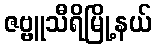
ဇဗ္ဗူသီရိမြို့နယ်